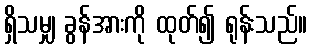
ရှိသမျှ ခွန်အားကို ထုတ်၍ ရုန်းသည်။